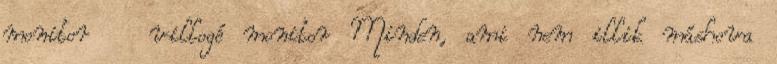
monitor villogó monitor Minden, ami nem illik máshova